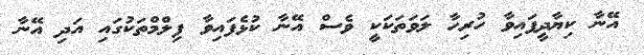
އޭނާ ކިޔާދީފައިވާ ހުރިހާ ލަވަތަކަކީ ވެސް އޭނާ ކުޅެފައިވާ ފިލްމްތަކުގައި އަދި އޭނާ